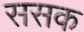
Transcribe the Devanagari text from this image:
ससक